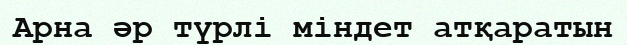
Арна әр түрлі міндет атқаратын